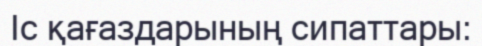
Іс қағаздарының сипаттары: